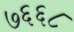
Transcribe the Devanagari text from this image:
७६६८